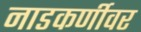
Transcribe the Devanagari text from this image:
नाडकर्णीवर